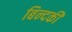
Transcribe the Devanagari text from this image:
बिन्‍दकी